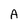
Character: A